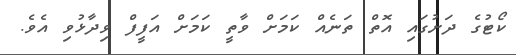
ކޯޓުގެ ދަށުގައި އޮތް ތަނެއް ކަމަށް ވާތީ ކަމަށް އަފީފް ވިދާޅުވި އެވެ.